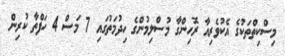
މިސްކިތްތަކުގެ އެކުވެރިއާ ރޮހިންގާ މުސްލިމުންގެ ހިދުމަތުގައި 7 މަސް 4 ހަފްތާ ކުރިން